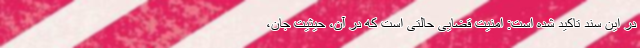
در این سند تاکید شده است: امنیت قضایی حالتی است که در آن، حیثیت جان،